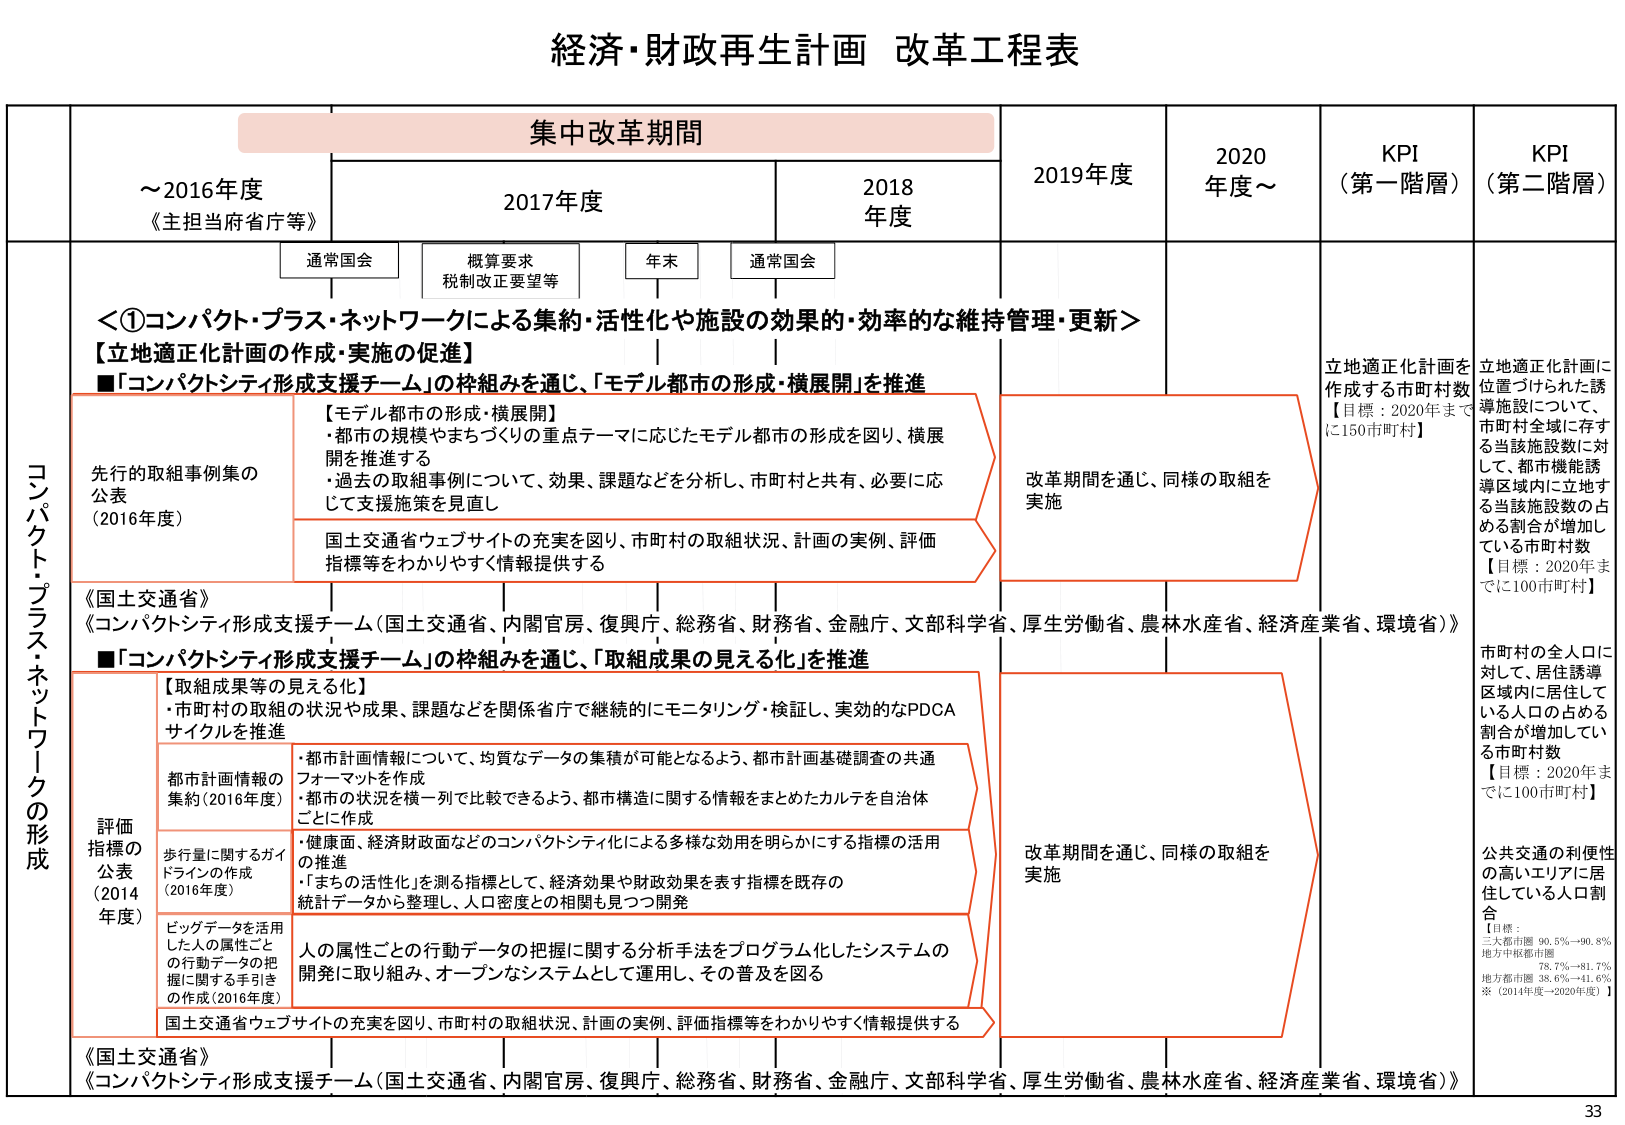
経済・財政再生計画 改革工程表

集中改革期間

～2016年度
《主担当府省庁等》

2017年度

2018年度

2019年度

2020年度～

KPI
（第一階層）

KPI
（第二階層）

通常国会

概算要求
税制改正要望等

年末

通常国会

＜①コンパクト・プラス・ネットワークによる集約・活性化や施設の効果的・効率的な維持管理・更新＞
【立地適正化計画の作成・実施の促進】
■「コンパクトシティ形成支援チーム」の枠組みを通じ、「モデル都市の形成・横展開」を推進

コンパクト・プラス・ネットワークの形成

先行の取組事例集の公表
（2016年度）

【モデル都市の形成・横展開】
・都市の規模やまちづくりの重点テーマに応じたモデル都市の形成を図り、横展開を推進する
・過去の取組事例について、効果、課題などを分析し、市町村と共有、必要に応じて支援施策を見直し

国土交通省ウェブサイトの充実を図り、市町村の取組状況、計画の実例、評価指標等をわかりやすく情報提供する

改革期間を通じ、同様の取組を実施

立地適正化計画を作成する市町村数
【目標：2020年までに150市町村】

立地適正化計画に位置づけられた誘導施設について、市町村全域に存する当該施設数に対して、都市機能誘導区域内に立地する当該施設数の占める割合が増加している市町村数
【目標：2020年までに100市町村】

《国土交通省》
《コンパクトシティ形成支援チーム（国土交通省、内閣官房、復興庁、総務省、財務省、金融庁、文部科学省、厚生労働省、農林水産省、経済産業省、環境省）》

■「コンパクトシティ形成支援チーム」の枠組みを通じ、「取組成果の見える化」を推進

評価指標の公表
（2014年度）

【取組成果等の見える化】
・市町村の取組の状況や成果、課題などを関係省庁で継続的にモニタリング・検証し、実効的なPDCAサイクルを推進

都市計画情報の集約（2016年度）
・都市計画情報について、均質なデータの集積が可能となるよう、都市計画基礎調査の共通フォーマットを作成
・都市の状況を横一列で比較できるよう、都市構造に関する情報をまとめたカルテを自治体ごとに作成

歩行量に関するガイドラインの作成（2016年度）
・健康面、経済財政面などのコンパクトシティ化による多様な効用を明らかにする指標の活用の推進
・「まちの活性化」を測る指標として、経済効果や財政効果を表す指標を既存の統計データから整理し、人口密度との相関も見つつ開発

ビッグデータを活用した人の属性ごとの行動データの把握に関する手引きの作成（2016年度）
人の属性ごとの行動データの把握に関する分析手法をプログラム化したシステムの開発に取り組み、オープンなシステムとして運用し、その普及を図る

国土交通省ウェブサイトの充実を図り、市町村の取組状況、計画の実例、評価指標等をわかりやすく情報提供する

改革期間を通じ、同様の取組を実施

市町村の全人口に対して、居住誘導区域内に居住している人口の占める割合が増加している市町村数
【目標：2020年までに100市町村】

公共交通の利便性の高いエリアに居住している人口割合
【目標：
三大都市圏 90.5%→90.8%
地方中核都市圏 78.7%→81.7%
地方都市圏 38.6%→41.6%
※（2014年度→2020年度）】

《国土交通省》
《コンパクトシティ形成支援チーム（国土交通省、内閣官房、復興庁、総務省、財務省、金融庁、文部科学省、厚生労働省、農林水産省、経済産業省、環境省）》

33